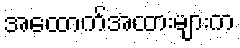
အထောက်အထားများက